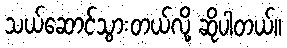
သယ်ဆောင်သွားတယ်လို့ ဆိုပါတယ်။